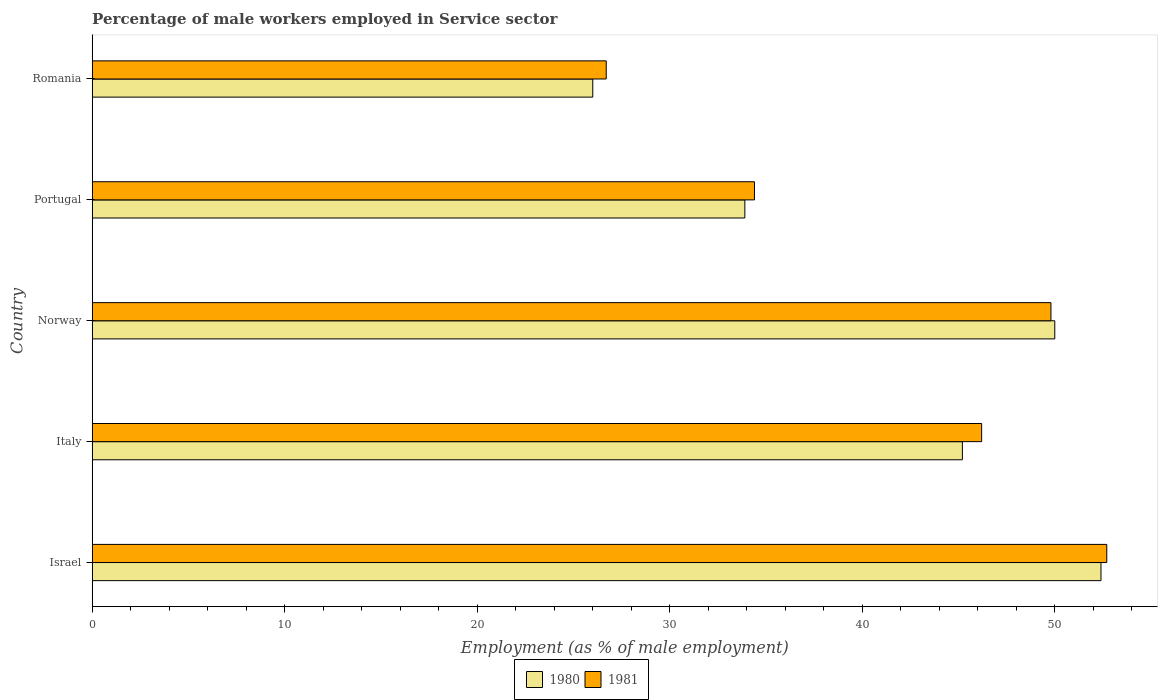
| Country | 1980 | 1981 |
 | --- | --- | --- |
 | Israel | 52.4 | 52.7 |
 | Italy | 45.2 | 46.2 |
 | Norway | 50 | 49.8 |
 | Portugal | 33.9 | 34.4 |
 | Romania | 26 | 26.7 |